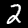
Digit: 2